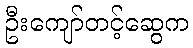
ဦးကျော်တင့်ဆွေက